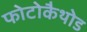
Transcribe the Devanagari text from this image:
फोटोकैथोड